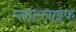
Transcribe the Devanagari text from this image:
प्लांटलाइफ